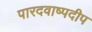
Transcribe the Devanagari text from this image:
पारदवाष्पदीप